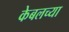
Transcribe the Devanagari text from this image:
केबलच्या